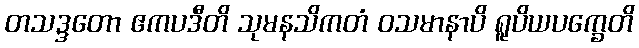
တသဒ္ဒတော ဧကပဒီတိ သုမနသိကတံ ဝသမာနာပိ ရူပိယပက္ခေတိ